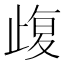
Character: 𣦇